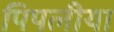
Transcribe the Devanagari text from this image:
पिपलीया